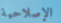
الإصلاحية